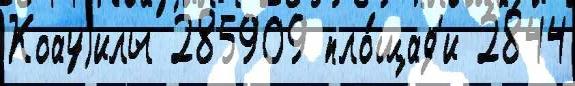
Коауjилы 285909 пло́щад'и 2844